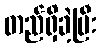
တည်ရှိခဲ့ပြီး